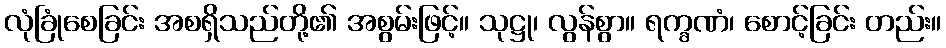
လုံခြုံစေခြင်း အစရှိသည်တို့၏ အစွမ်းဖြင့်။ သုဋ္ဌု၊ လွန်စွာ။ ရက္ခဏံ၊ စောင့်ခြင်း တည်း။